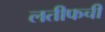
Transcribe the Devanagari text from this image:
लतीफची